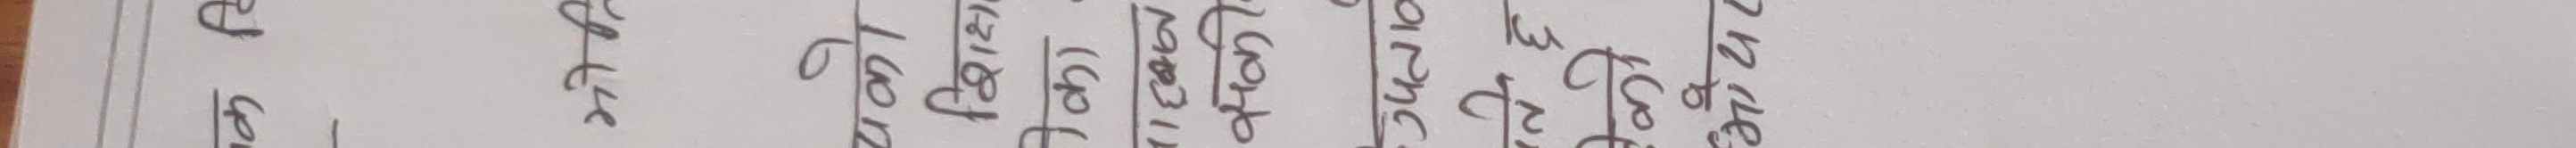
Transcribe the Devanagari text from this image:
श्री सि. नं. | विवरण | परिणाम | साइन
१४९५ | कलम | ६० | ७६७
१८७५ | कापी | ८० | ७२३
२३३२ | रबर | १०० | ९०२
२४८३ | फाइल | १२० | ९८३
२३८४ | पेन | १५० | १००
२५०५ | किताब | ६० | ७२५
२६३३ | कपडा | १०० | ५०१
२७३९ |  | ९० | ७००